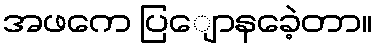
အဖကေ ပြျောနခေဲ့တာ။